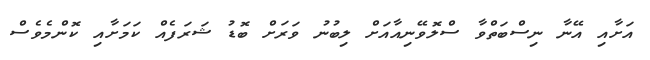
އަށާއި އޭނާ ނިސްބަތްވާ ސްލޮވޭނިއާއަށް ލިބުނު ވަރަށް ބޮޑު ޝަރަފެއް ކަމަށާއި ކޮންމެވެސް